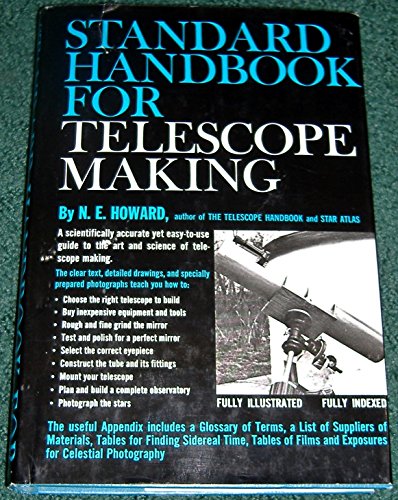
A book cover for Standard Handbook for Telescope Making (Telescope Making); N.E. Howard; Science & Math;